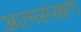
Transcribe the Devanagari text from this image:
आत्मसंरक्षण